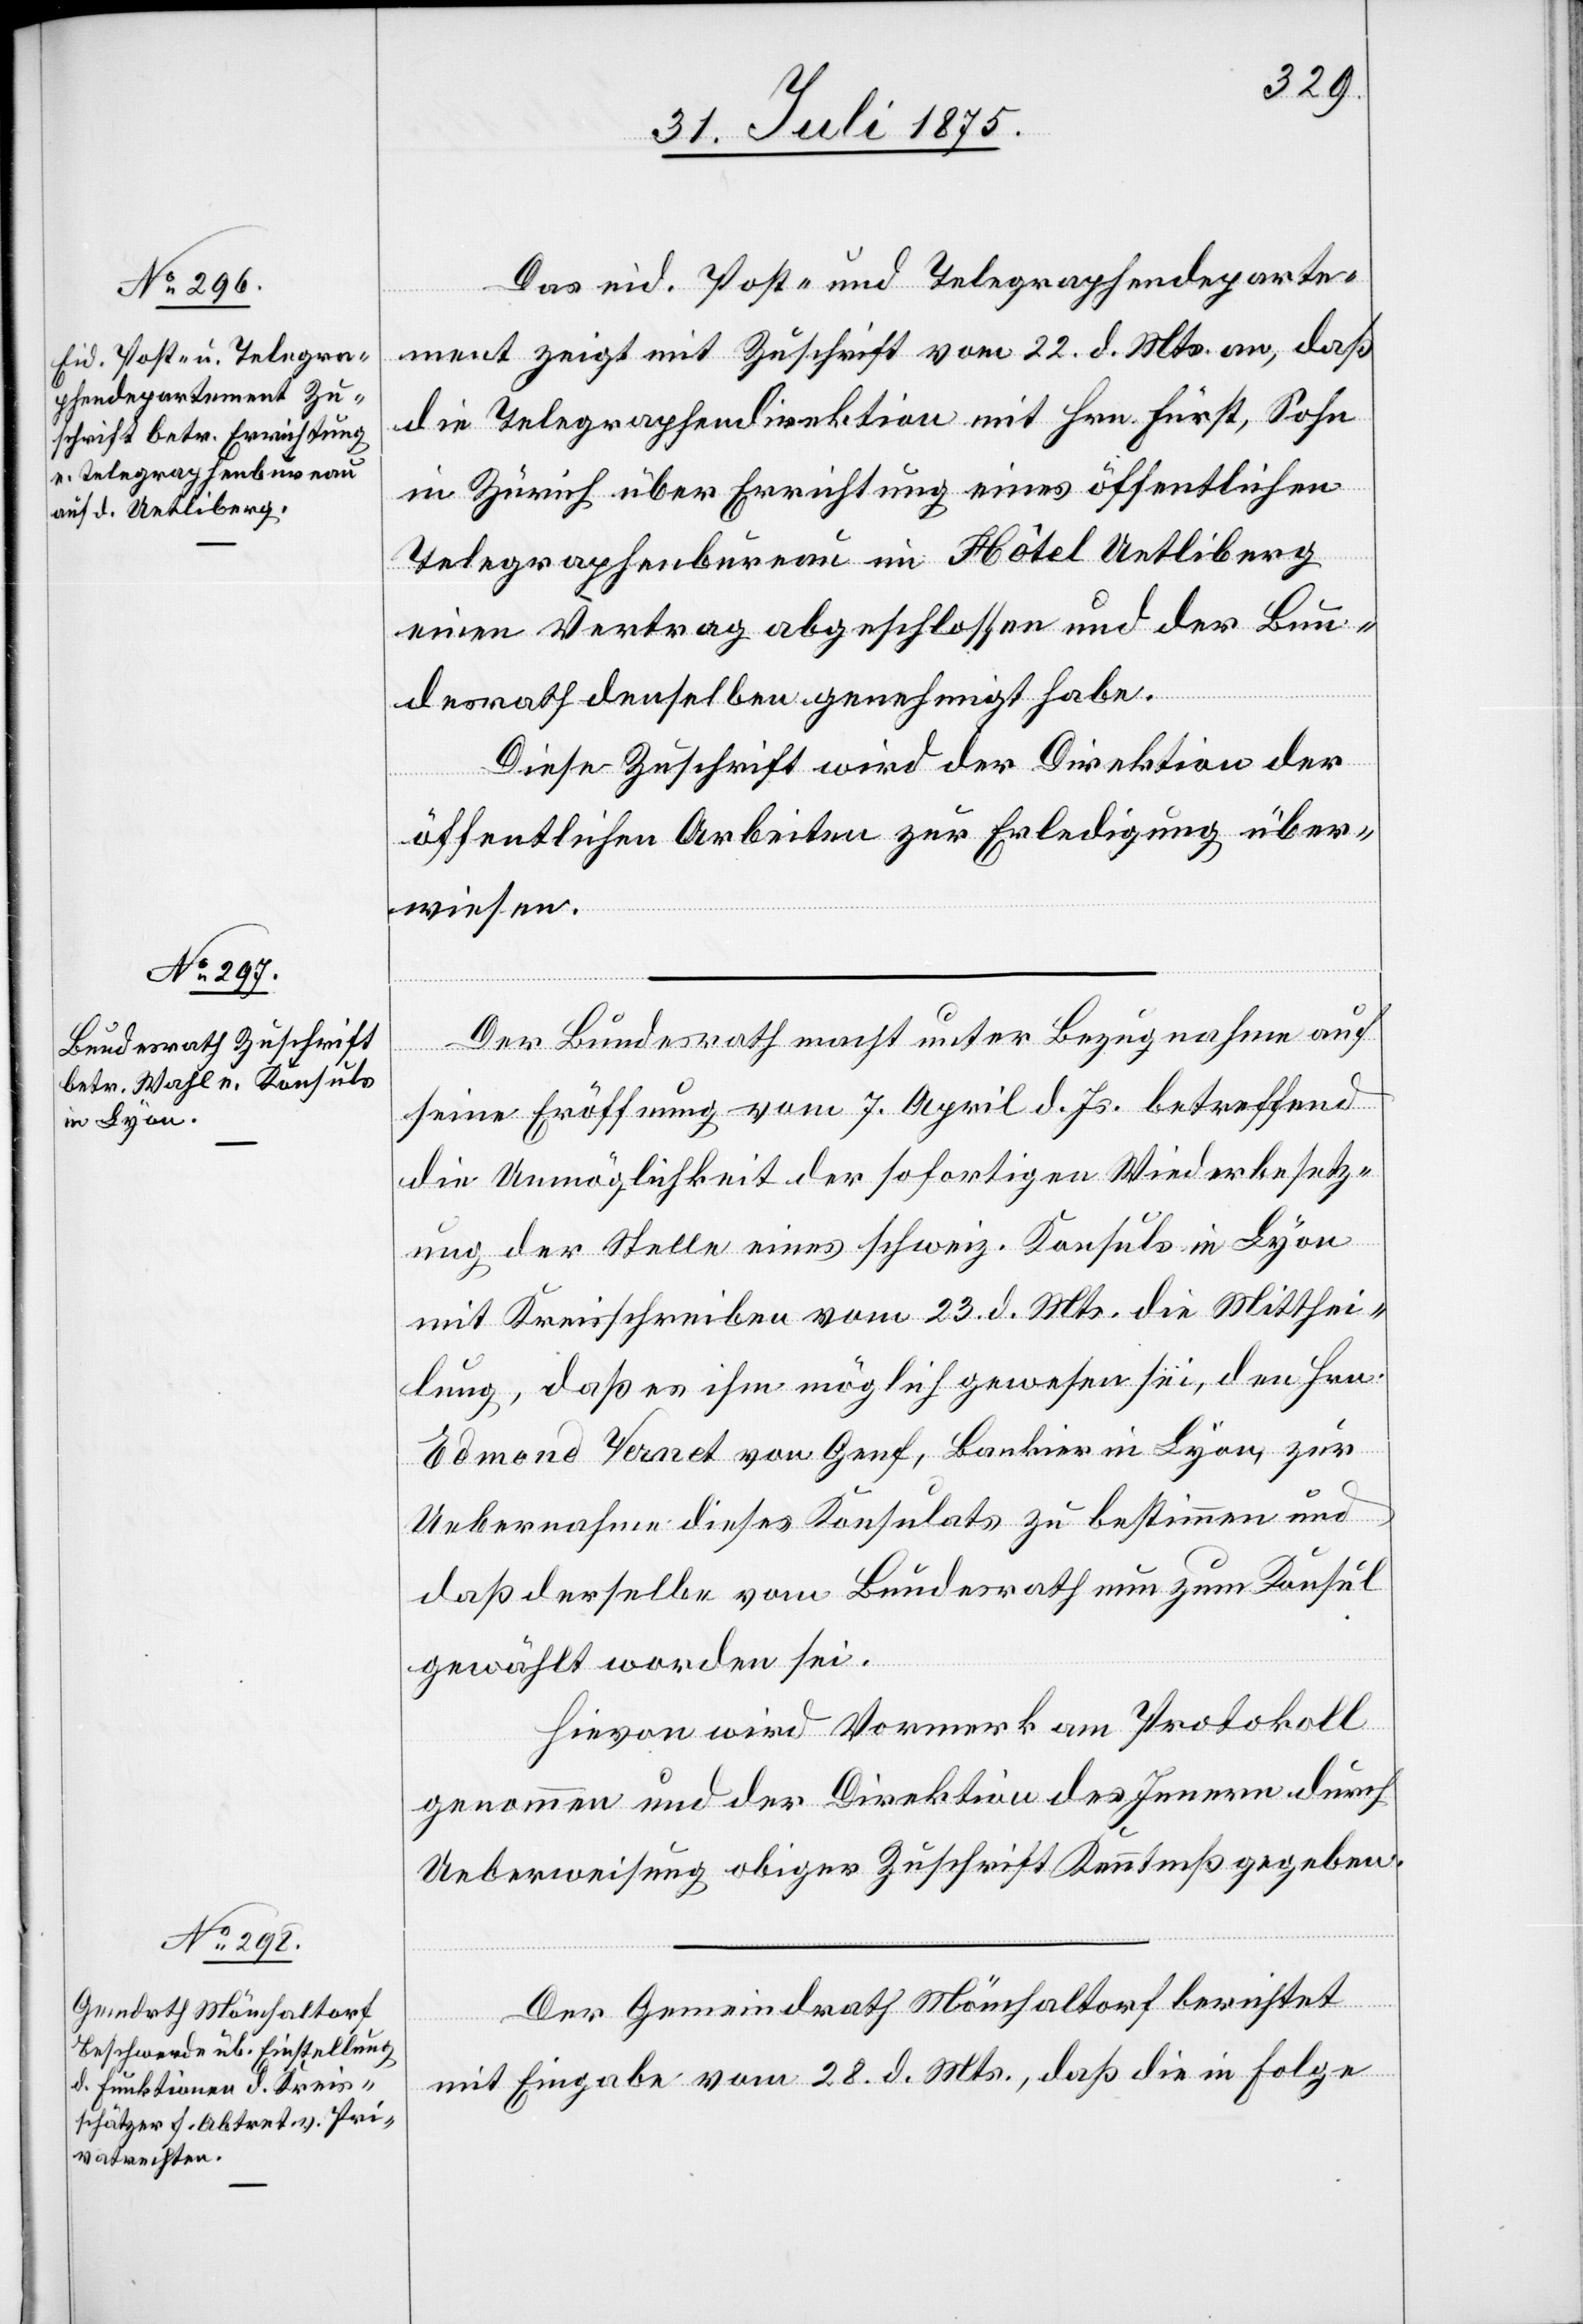
Das eid. Post- und Telegraphendeparte¬
ment zeigt mit Zuschrift vom 22. d. Mts. an, daß
die Telegraphendirektion mit Hrn. Fürst, Sohn
in Zürich über Errichtung eines öffentlichen
Telegraphenbureau im Hôtel Uetliberg
einen Vertrag abgeschlossen und der Bun¬
desrath denselben genehmigt habe.
Diese Zuschrift wird der Direktion der
öffentlichen Arbeiten zur Erledigung über¬
wiesen.
Der Bundesrath macht unter Bezugnahme auf
seine Eröffnung vom 7. April d. Js. betreffend
die Unmöglichkeit der sofortigen Wiederbesetz¬
ung der Stelle eines schweiz. Konsuls in Lyon
mit Kreisschreiben vom 23. d. Mts. die Mitthei¬
lung, daß es ihm möglich gewesen sei, den Hrn.
Edmond Vernet von Genf, Bankier in Lyon, zur
Uebernahme dieses Konsulats zu bestimmen und
daß derselbe vom Bundesrath nun zum Konsul
gewählt worden sei.
Hievon wird Vormerk am Protokoll
genommen und der Direktion des Innern durch
Ueberweisung obiger Zuschrift Kenntniß gegeben.
Der Gemeindrath Mönchaltorf berichtet
mit Eingabe vom 28. d. Mts., daß die in Folge